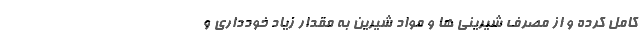
کامل کرده و از مصرف شیرینی ها و مواد شیرین به مقدار زیاد خودداری و